Vaccination in Bombay 1856-1862 - 1856-1862
Year: 1856
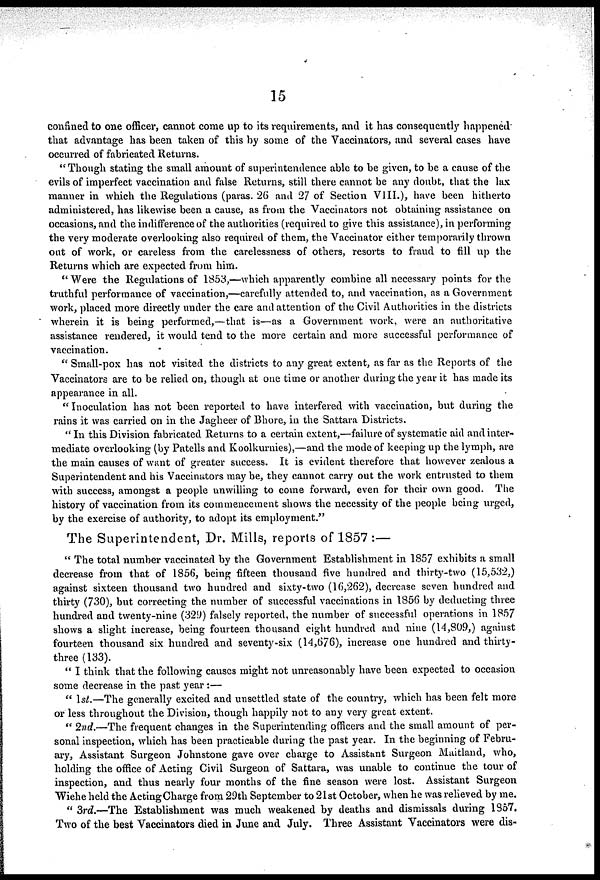
15
confined to one officer, cannot come up to its requirements, and it has consequently happened
that advantage has been taken of this by some of the Vaccinators, and several cases have
occurred of fabricated Returns.
"Though stating the small amount of superintendence able to be given, to be a cause of the
evils of imperfect vaccination and false Returns, still there cannot be any doubt, that the lax
manner in which the Regulations (paras. 26 and 27 of Section VIII.), have been hitherto
administered, has likewise been a cause, as from the Vaccinators not obtaining assistance on
occasions, and the indifference of the authorities (required to give this assistance), in performing
the very moderate overlooking also required of them, the Vaccinator either temporarily thrown
out of work, or careless from the carelessness of others, resorts to fraud to fill up the
Returns which are expected from him.
" Were the Regulations of 1853,—which apparently combine all necessary points for the
truthful performance of vaccination,—carefully attended to, and vaccination, as a Government
work, placed more directly under the care and attention of the Civil Authorities in the districts
wherein it is being performed,—that is—as a Government work, were an authoritative
assistance rendered, it would tend to the more certain and more successful performance of
vaccination.
" Small-pox has not visited the districts to any great extent, as far as the Reports of the
Vaccinators are to be relied on, though at one time or another during the year it has made its
appearance in all.
"Inoculation has not been reported to have interfered with vaccination, but during the
rains it was carried on in the Jagheer of Bhore, in the Sattara Districts.
" In this Division fabricated Returns to a certain extent,—failure of systematic aid and inter-
mediate overlooking (by Patells and Koolkurnies),—and the mode of keeping up the lymph, are
the main causes of want of greater success. It is evident therefore that however zealous a
Superintendent and his Vaccinators may be, they cannot carry out the work entrusted to them
with success, amongst a people unwilling to come forward, even for their own good. The
history of vaccination from its commencement shows the necessity of the people being urged,
by the exercise of authority, to adopt its employment."
The Superintendent, Dr. Mills, reports of 1857 :—
" The total number vaccinated by the Government Establishment in 1857 exhibits a small
decrease from that of 1856, being fifteen thousand five hundred and thirty-two (15,532,)
against sixteen thousand two hundred and sixty-two (16,262), decrease seven hundred and
thirty (730), but correcting the number of successful vaccinations in 1856 by deducting three
hundred and twenty-nine (329) falsely reported, the number of successful operations in 1857
shows a slight increase, being fourteen thousand eight hundred and nine (14,809,) against
fourteen thousand six hundred and seventy-six (14,676), increase one hundred and thirty-
three (133).
" I think that the following causes might not unreasonably have been expected to occasion
some decrease in the past year:—
" 1st.—The generally excited and unsettled state of the country, which has been felt more
or less throughout the Division, though happily not to any very great extent.
" 2nd.—The frequent changes in the Superintending officers and the small amount of per-
sonal inspection, which has been practicable during the past year. In the beginning of Febru-
ary, Assistant Surgeon Johnstone gave over charge to Assistant Surgeon Maitland, who,
holding the office of Acting Civil Surgeon of Sattara, was unable to continue the tour of
inspection, and thus nearly four months of the fine season were lost. Assistant Surgeon
Wiehe held the Acting Charge from 29th September to 21st October, when he was relieved by me.
" 3rd.—The Establishment was much weakened by deaths and dismissals during 1857.
Two of the best Vaccinators died in June and July. Three Assistant Vaccinators were dis¬